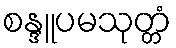
စန္ဒူပမသုတ္တံ